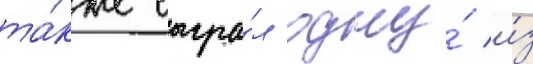
та́кже сыгра́л одну́ и́з